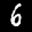
Label: 6